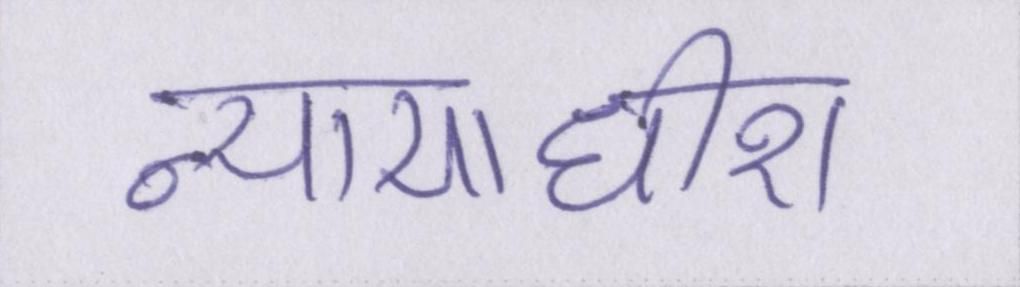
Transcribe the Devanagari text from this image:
न्यायाधीश